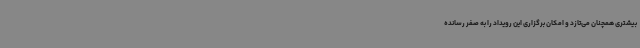
بیشتری همچنان می‌تازد و امکان برگزاری این رویداد را به صفر رسانده